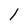
Character: l